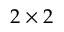
2 \times 2